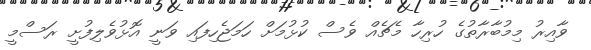
ވާއިރު މިމުބާރާތުގެ ހުރިހާ މެޗެއް ވެސް ކުޅުމަށް ހަމަޖެހިފައި ވަނީ އޮޅުވެލިފުށީ ރަސްމީ